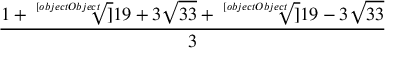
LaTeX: \frac { 1 + { \sqrt [ [object Object] ] { 1 9 + 3 { \sqrt { 3 3 } } } } + { \sqrt [ [object Object] ] { 1 9 - 3 { \sqrt { 3 3 } } } } } { 3 }